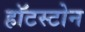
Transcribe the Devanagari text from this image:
हॉटस्टोन